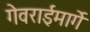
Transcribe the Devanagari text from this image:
गेवराईमार्गे